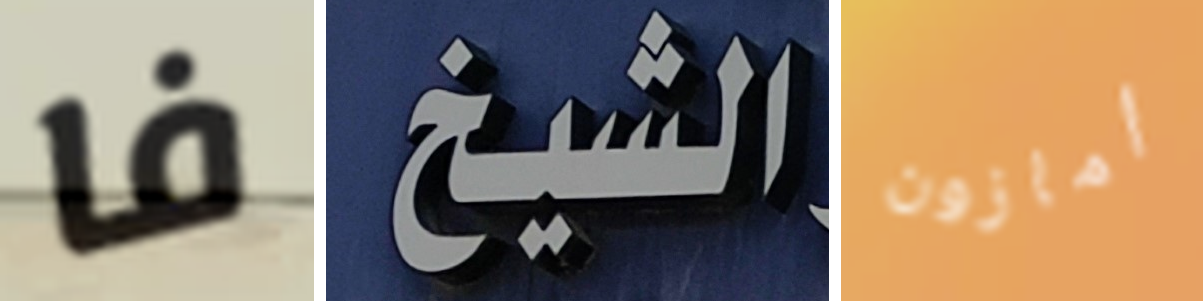
فا الشيخ أمازون